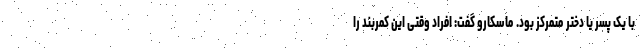
با یک پسر یا دختر متمرکز بود. ماسکارو گفت: افراد وقتی این کمربند را